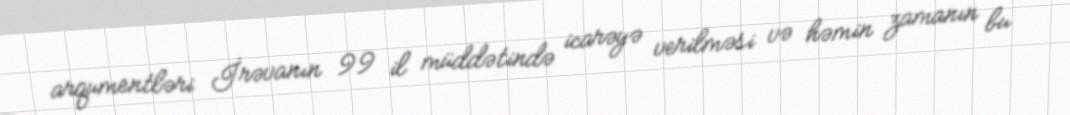
arqumentləri İrəvanın 99 il müddətində icarəyə verilməsi və həmin zamanın bu